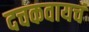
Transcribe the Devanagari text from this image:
दचकवायचं